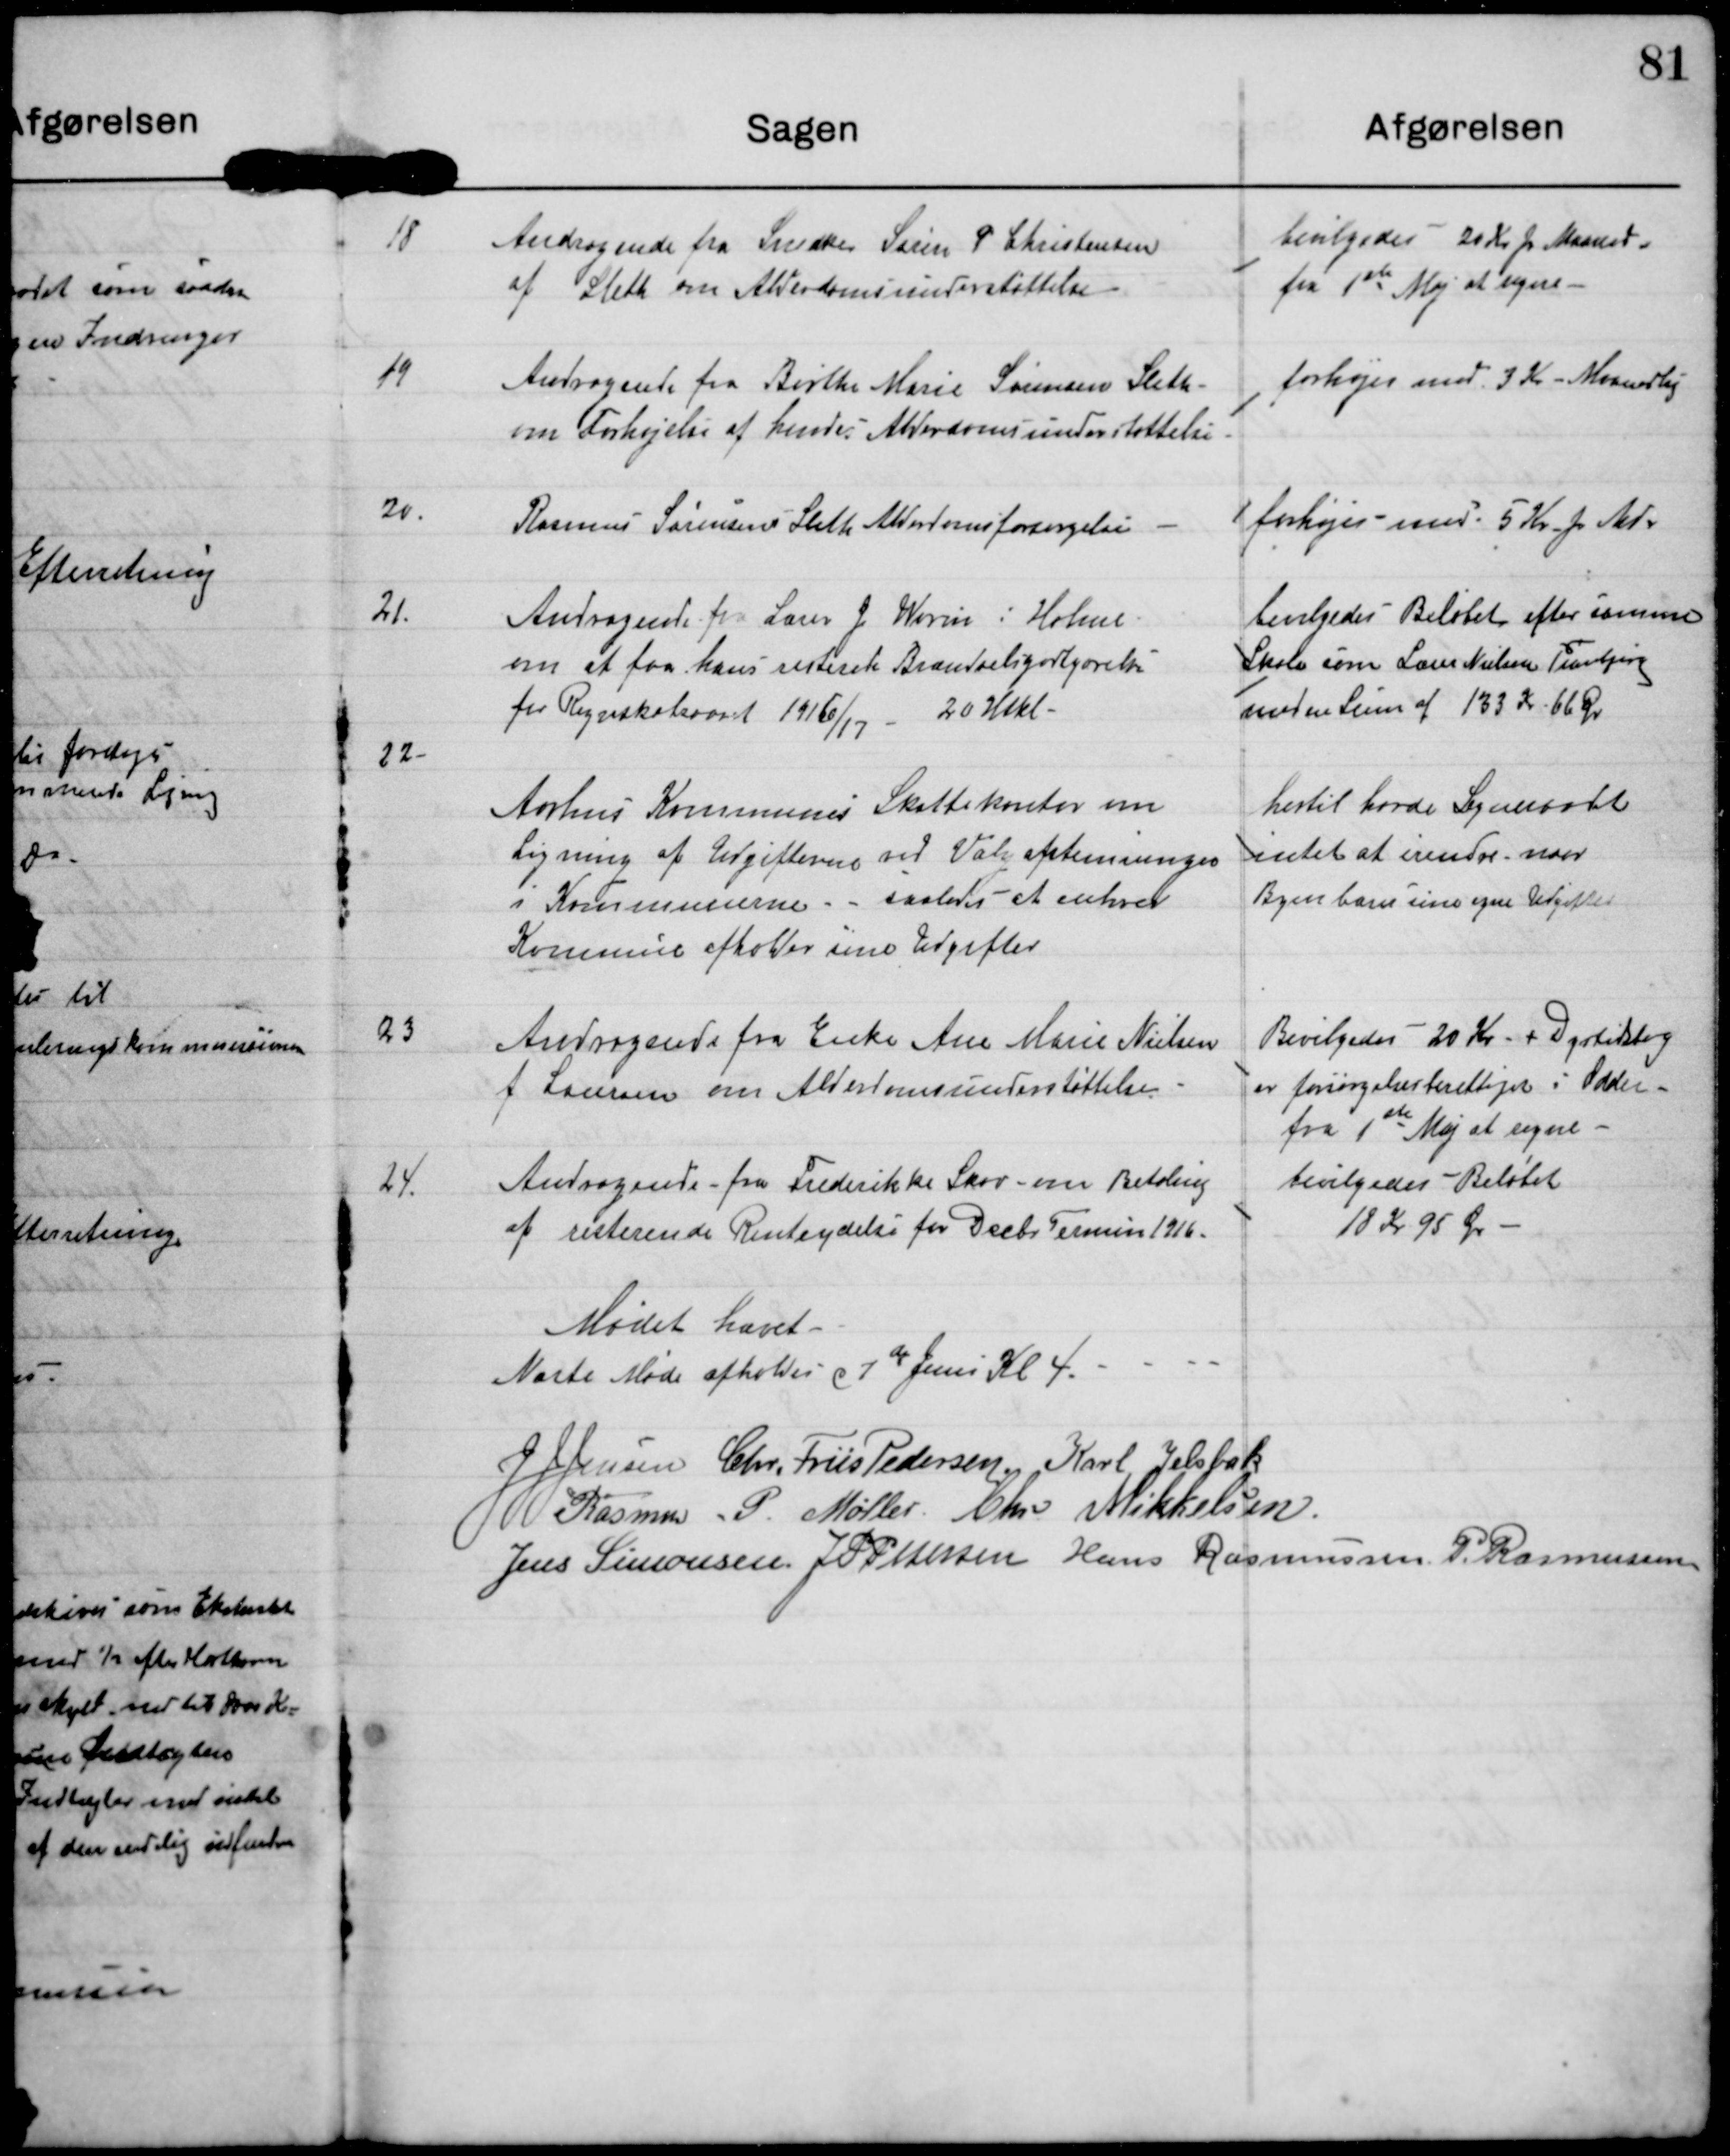
Transskription:
18
Andragende fra Snedker Søren P Christensen
af Sleth om Alderdomsunderstøttelse

bevilgedes 20 kr p Maaned
fra 1ste Maj at regne

19
Andragende fra Birthe Marie Sørensen Sleth
om Forhøjelse af hendes Alderdomsunderstøttelse

forhøjes med 3 kr Maanedlig

20
Rasmus Sørensen Sleth Alderdomsforsørgelse

forhøjes med 5 Kr p Md.

21.
Andragende fra Lærer J Worm i Holme
om at faa hans resterende Brændselsgodtgørelse
fra Regnskabsaaret 1916/17 20 Hlkl.

Bevilgedes Beløbet efter samme
Skala som Lærer Nielsen Tranbjerg
med en Sum af 133 Kr 66 Øre

22
Aarhus Kommunes Skattekontor om
Ligning af Udgifterne ved Valgafstemningen
i Kommunerne saaledes at enhver
Kommune afholder sine Udgifter

hertil havde Sogneraadet
intet at erindre naar
BNyen bærer sine efne Udgifter

23
Andragende fra Enke Ane Marie Nielsen
f Laursen om Alderdomsunderstøttelse.

Bevilgedes 20 Kr + Dyrtidslæg
er forsørgelsesberettiget i Odder
fra 1ste Maj at regne

24.
Andragende fra Frederikke Skov om Betaling
af resterende Renteydelse for Decbr Termin 1916.

Bevilgedes. beløbet
18 kr 95 Øre

Mødet hævet

Næste Møde afholdes d 7de Juni Kl 4

J J Jensen

Chr. Friis Pedersen

Karl Jelsbak

Rasmus P Møller

Chr Mikkelsen

Jens Simonsen

J P Pedersen

Hans Rasmussen

P Rasmussen